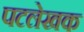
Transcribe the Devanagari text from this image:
पटलेखक